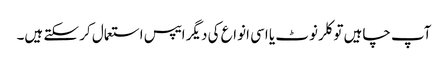
آپ چاہیں تو کلر نوٹ یا اسی انواع کی دیگر ایپس استعمال کر سکتے ہیں۔